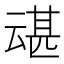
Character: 𫡶